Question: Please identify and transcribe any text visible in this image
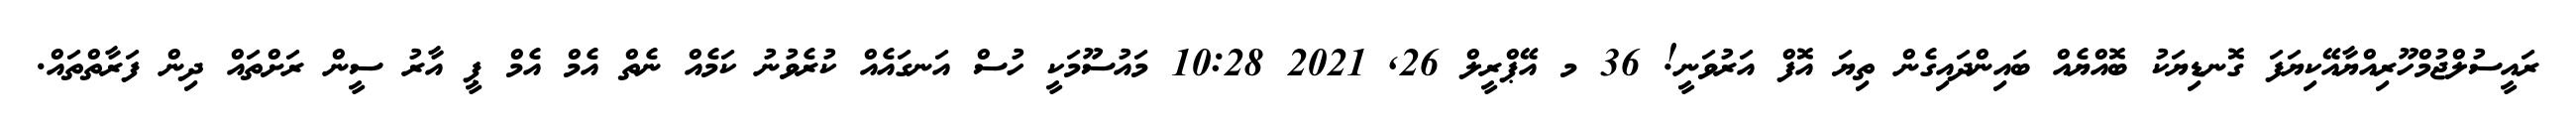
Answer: ރައީސުލްޖުމްހޫރިއްޔާއޭކިޔަފަ ގޮނޑިޔަކު ބޮއްޔެއް ބައިންދައިގެން ތިޔަ އޮފް އަރުވަނީ! 36 މ އޭޕްރީލް 26, 2021 10:28 މައުސޫމަކީ ހުސް އަނގައެއް ކުރެވުނު ކަމެއް ނެތް އެމް އެމް ޕީ އާރު ސީން ރަށްތައް ދިން ފަރާތްތައް.